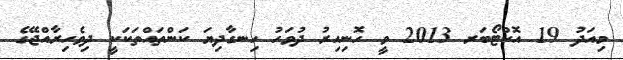
މިއަދު 19 އޮކްޓޯބަރ 2013 ވީ ހޮނިހިރު ދުވަހު ހިނގާދިޔަ ކަންތައްތަކަކީ ދިވެހިރާއްޖޭގެ